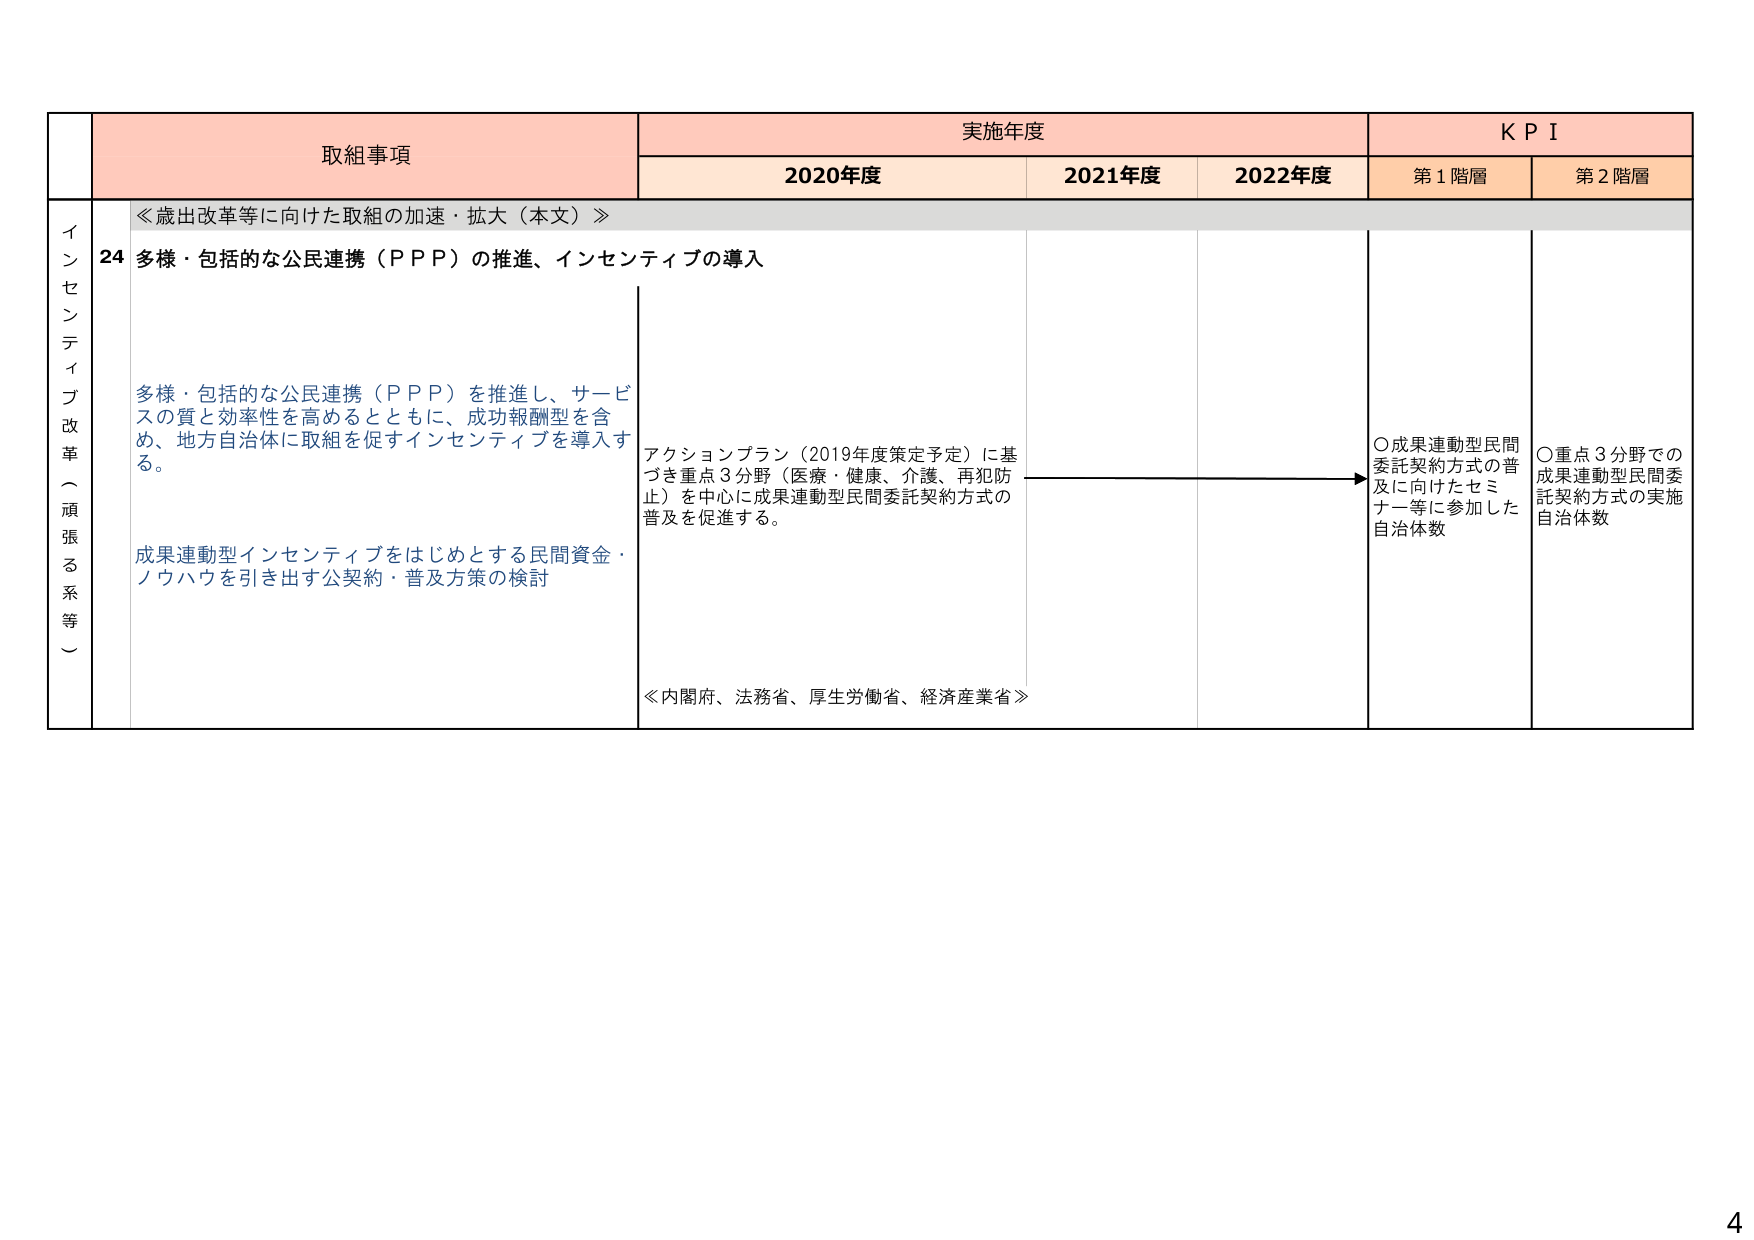
イ ン セ ン テ イ ブ 改 革 （ 頑 張 る 系 等 ）

取組事項
≪歳出改革等に向けた取組の加速・拡大（本文）≫
24 多様・包括的な公民連携（ＰＰＰ）の推進、インセンティブの導入

多様・包括的な公民連携（ＰＰＰ）を推進し、サービスの質と効率性を高めるとともに、成功報酬型を含め、地方自治体に取組を促すインセンティブを導入する。

成果連動型インセンティブをはじめとする民間資金・ノウハウを引き出す公契約・普及方策の検討

実施年度
2020年度
2021年度
2022年度

アクションプラン（2019年度策定予定）に基づき重点3分野（医療・健康、介護、再犯防止）を中心に成果連動型民間委託契約方式の普及を促進する。

≪内閣府、法務省、厚生労働省、経済産業省≫

ＫＰＩ
第1階層
○成果連動型民間委託契約方式の普及に向けたセミナー等に参加した自治体数

第2階層
○重点3分野での成果連動型民間委託契約方式の実施自治体数

4